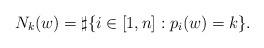
\begin{align*}N_k(w)=\sharp\{i\in[1,n]:p_i(w)=k\}.\end{align*}